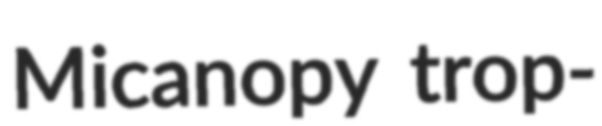
Micanopy trop-